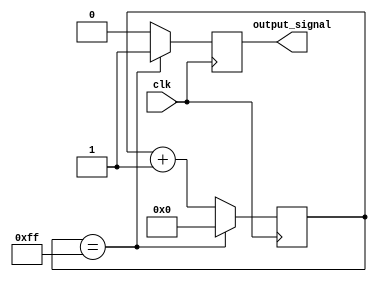
module ripple_counter_clock_divider (
    input wire clk,
    output reg output_signal
);

reg [7:0] ripple_counter;

always @(posedge clk) begin
    // Ripple counter
    if (ripple_counter == 8'hFF) begin
        ripple_counter <= 8'h00;
    end else begin
        ripple_counter <= ripple_counter + 1;
    end
    
    // Control block
    if (ripple_counter == 8'hFF) begin
        output_signal <= 1'b1;
    end else begin
        output_signal <= 1'b0;
    end
end

endmodule